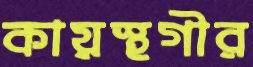
কায়স্থগীর